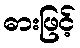
ဓားဖြင့်